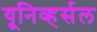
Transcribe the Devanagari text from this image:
यूनिव्हर्सल